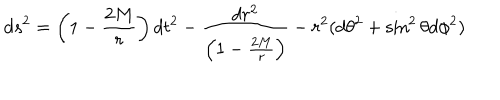
LaTeX: d s ^ { 2 } = \left( 1 - \frac { 2 M } { r } \right) d t ^ { 2 } - \frac { d r ^ { 2 } } { \left( 1 - \frac { 2 M } { r } \right) } - r ^ { 2 } ( d \theta ^ { 2 } + \sin ^ { 2 } \theta d \phi ^ { 2 } )